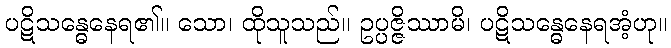
ပဋိသန္ဓေနေရ၏။ သော၊ ထိုသူသည်။ ဥပ္ပဇ္ဇိဿာမိ၊ ပဋိသန္ဓေနေရအံ့ဟု။